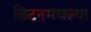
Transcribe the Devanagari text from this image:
ब्रिटनमधल्या